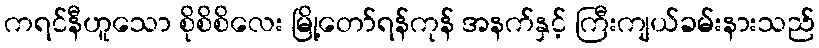
ကရင်နီဟူသော စိုစိစိလေး မြို့တော်ရန်ကုန် အနက်နှင့် ကြီးကျယ်ခမ်းနားသည်